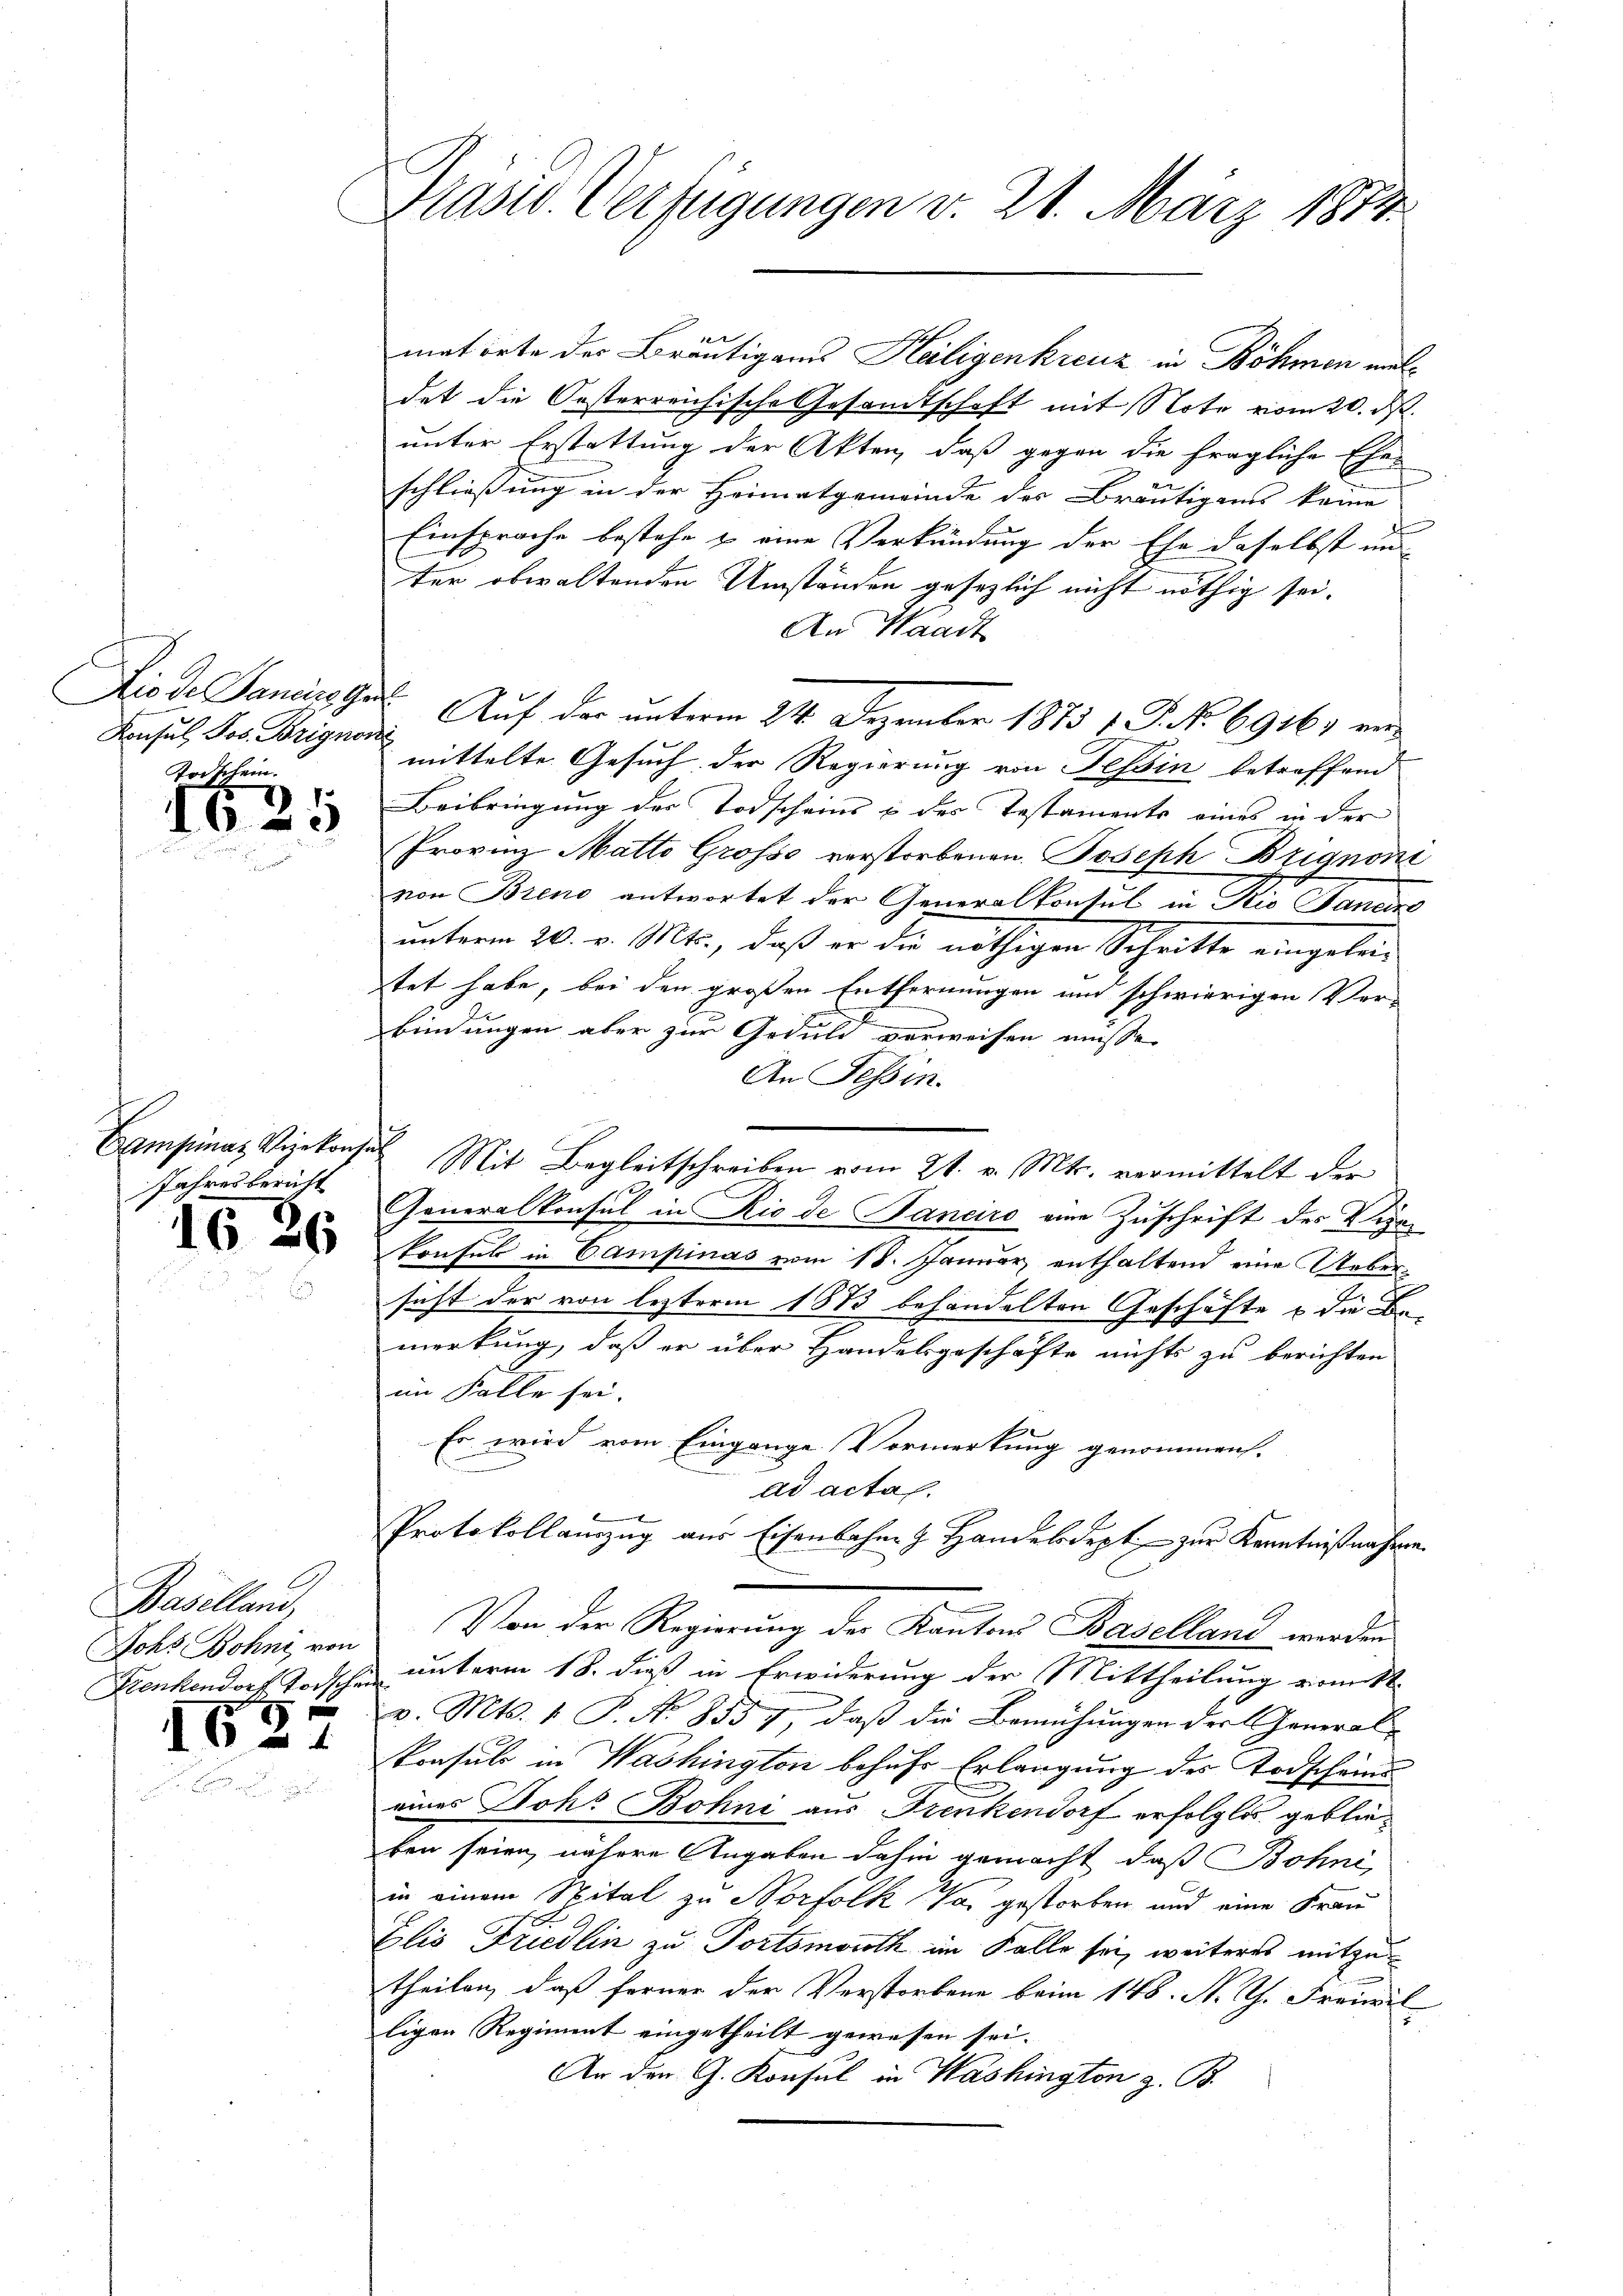
Dio de Pancra Ger
Konsul, Jos. Brigner
Torschein.

1
163

Jahresbericht

15

IE

2

6

.
Baselland,
Johs. Bohni von
Frenkendorf Horschen

f

Präsid. Verfügungen v. 21. März 1874

matorte der Bräutigams Heiligenkreuz in Böhmen meldet die Oesterreichische Gesandtschaft mit Note vom 20. ds.
unter Erstattung der Akten, daß gegen die fragliche Ehe-
schliessung in der Heimatgemeinde des Bräutigams keine
Einsprache bestehe & eine Verkündung der Ehe daselbst un
ter obwaltenden Umständen gesezlich nicht nöthig sei.
An Waadt
 Auf der unterm 24. Dezember 1873 f. P. No 69167 ein
4
 mittelte Gesuch der Regierung von Tessin betreffend
Beibringung der Todscheins u des Testaments eines in der
Provinz Matto Grosso verstorbenen Joseph Brignoni
von Brend antwortet der Generalkonsul in Rio Janein
unterm 26. v. Mts., daß er die nöthigen Schritte eingelei-
tet habe, bei den großen Entfernungen und schwierigen Ver-
bindungen aber zur Geduld verweisen müsse.
An Tessin.
Campinaz Vizekonsul Mit Begleitschreiben vom 21. v. Mts. vermittelt der
Generalkonsul in Rio de Panciro eine Zuschrift des Kinkonsul in Campinas vom 18. Januar, enthaltend eine Uebersicht der von lezterm 1873 behandelten Geschäfte u die Bemerkung, daß er über Handelsgeschäfte nichts zu berichten
im Falle sei.
Es wird vom Eingange Vormerkung genommen.
ad acta.
Protokollanzug aus Eisenbahn 9. Handelsdept. - zur Kenntnißnahmen.
Von der Regierung der Kantons Baselland werden
unterm 18. dieß in Erwiderung der Mittheilung vomitt
v. Mts. 1. P. No 8557, daß die Bemühungen der General-
konsul in Washington behufs Erlangung des Todschein
eines Joh. Bohni aus Frenkendorf erfolglos geblieben seien, nähere Angaben dahin gemacht, daß Bohni
in einem Spital zu Norfolk a. gestorben und eine Frau
Elis Friedlin zu Fortsmoroth im Falle sei, weiteres mitzutheilen, daß ferner der Verstorbene beim 148. N. Ch. Fraueil
ligen Regiment eingetheilt gewesen sei.
An den G. Konsul in Washington z. B.